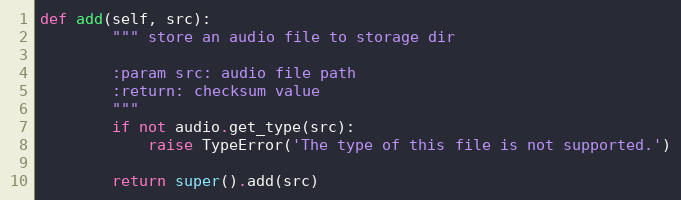
Language: Python
def add(self, src):
        """ store an audio file to storage dir

        :param src: audio file path
        :return: checksum value
        """
        if not audio.get_type(src):
            raise TypeError('The type of this file is not supported.')

        return super().add(src)